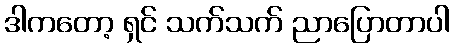
ဒါကတော့ ရှင် သက်သက် ညာပြောတာပါ